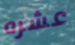
عشره